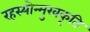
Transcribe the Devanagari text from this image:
रहस्योन्मुखकृति